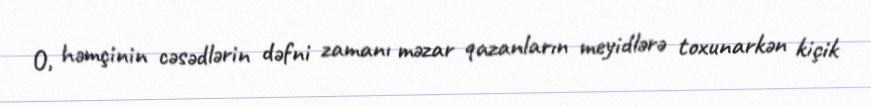
O, həmçinin cəsədlərin dəfni zamanı məzar qazanların meyidlərə toxunarkən kiçik